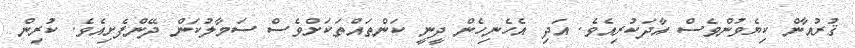
ޤުރުއާން ކިޔެވުންވެސް އާދަކުރިއެވެ. އަދި އެހެނިހެން ދީނީ ކަންތައްތަކަށްވެސް ސަމާލުކަން ދޭންފެށިއެވެ. ކުރިން